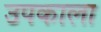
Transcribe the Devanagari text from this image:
उपकाला